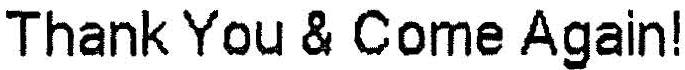
THANK YOU & COME AGAIN!